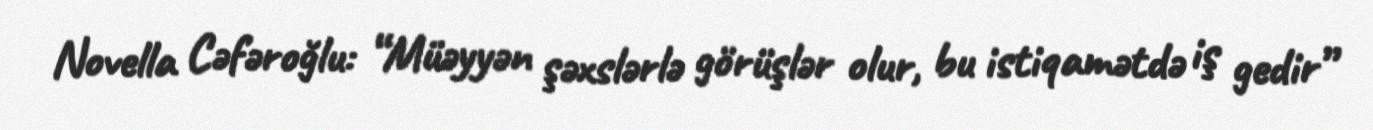
Novella Cəfəroğlu: “Müəyyən şəxslərlə görüşlər olur, bu istiqamətdə iş gedir”